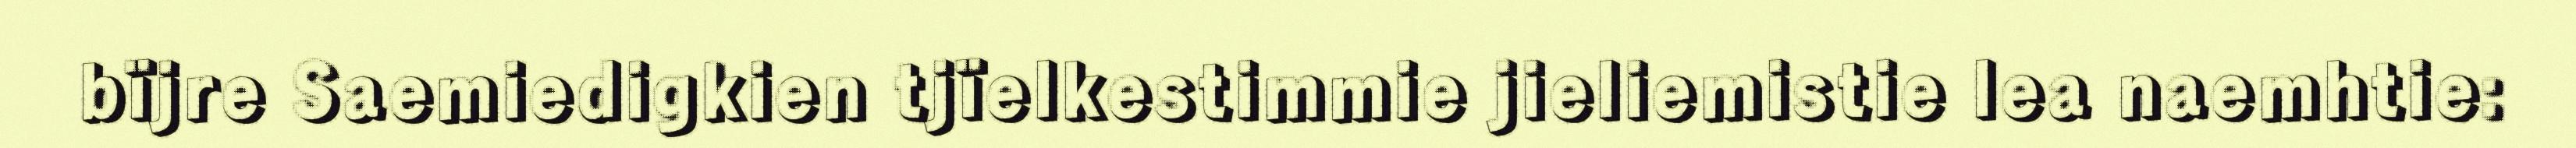
bïjre Saemiedigkien tjïelkestimmie jieliemistie lea naemhtie: